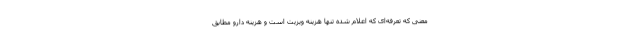
معنی که تعرفه‌ای که اعلام شده تنها هزینه ویزیت است و هزینه دارو مطابق